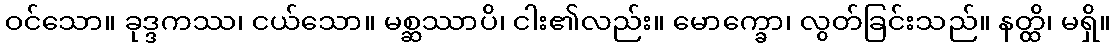
ဝင်သော။ ခုဒ္ဒကဿ၊ ငယ်သော။ မစ္ဆဿာပိ၊ ငါး၏လည်း။ မောက္ခော၊ လွတ်ခြင်းသည်။ နတ္ထိ၊ မရှိ။